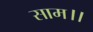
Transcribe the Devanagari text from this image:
साम।।